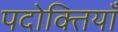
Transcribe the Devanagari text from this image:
पदोक्तियाँ